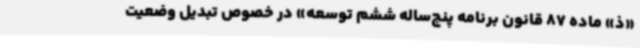
«ذ» ماده 87 قانون برنامه پنج‌ساله ششم توسعه» در خصوص تبدیل وضعیت